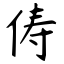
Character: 俦